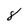
Character: 8